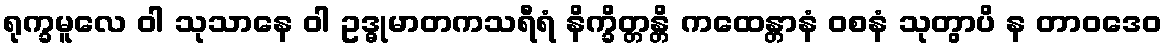
ရုက္ခမူလေ ဝါ သုသာနေ ဝါ ဥဒ္ဓုမာတကသရီရံ နိက္ခိတ္တန္တိ ကထေန္တာနံ ဝစနံ သုတွာပိ န တာဝဒေဝ